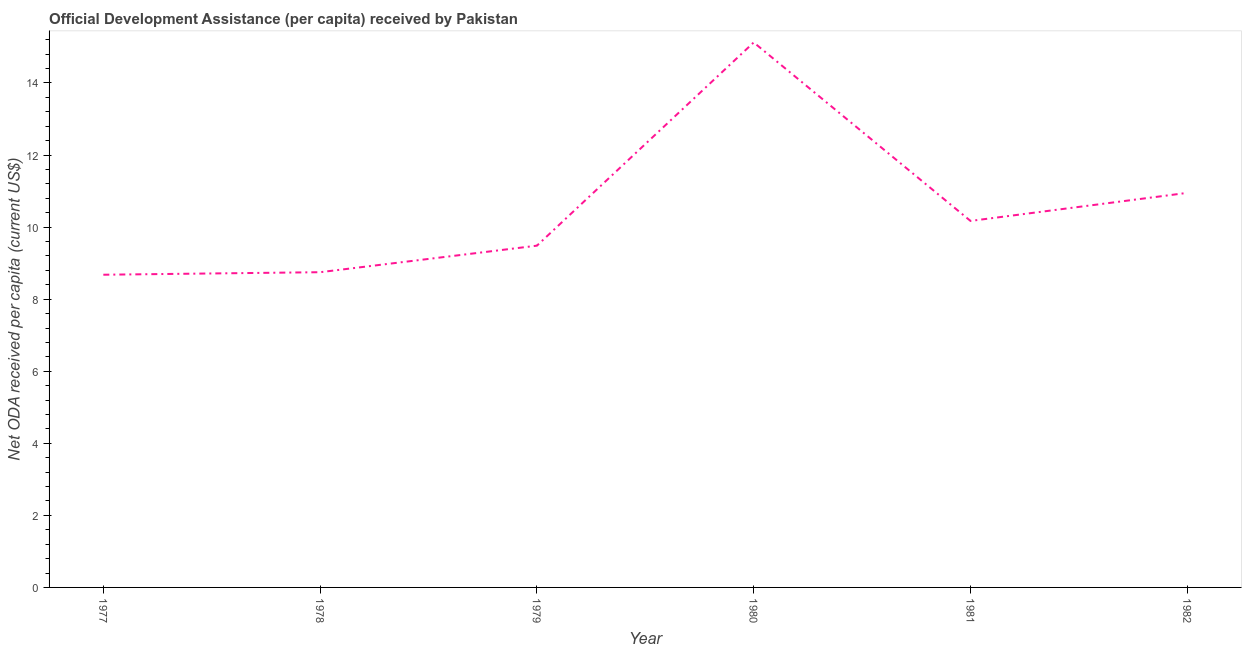
| Year | Net ODA received per capita |
 | --- | --- |
 | 1977 | 8.68 |
 | 1978 | 8.75 |
 | 1979 | 9.49 |
 | 1980 | 15.1 |
 | 1981 | 10.2 |
 | 1982 | 11 |